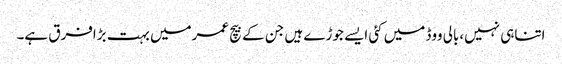
اتناہی نہیں،بالی ووڈ میں کئی ایسے جوڑے ہیں جن کے بیچ عمرمیں بہت بڑافرق ہے۔